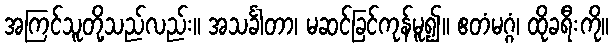
အကြင်သူတို့သည်လည်း။ အသင်္ခါတာ၊ မဆင်ခြင်ကုန်မူ၍။ ဧတံမဂ္ဂံ၊ ထိုခရီးကို။